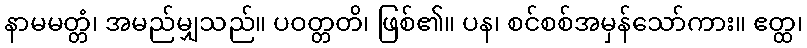
နာမမတ္တံ၊ အမည်မျှသည်။ ပဝတ္တတိ၊ ဖြစ်၏။ ပန၊ စင်စစ်အမှန်သော်ကား။ ဧတ္ထ၊